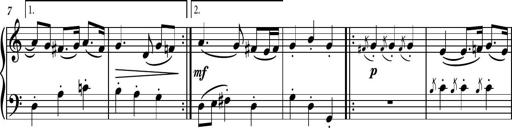
Title: Piano Sonatina II
Composer: Dimitri Sykias
Key: F major